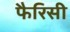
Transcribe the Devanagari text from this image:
फैरिसी